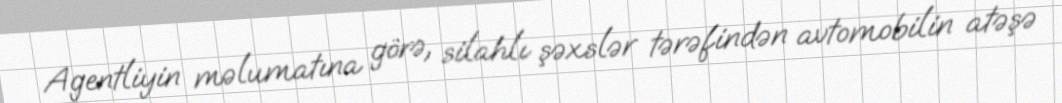
Agentliyin məlumatına görə, silahlı şəxslər tərəfindən avtomobilin atəşə